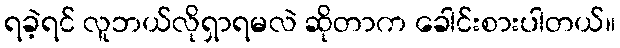
ရခဲ့ရင် လူဘယ်လိုရှာရမလဲ ဆိုတာက ခေါင်းစားပါတယ်။